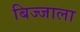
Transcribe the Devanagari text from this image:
बिज्जाला